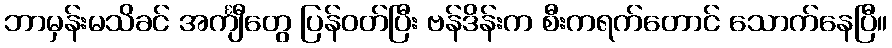
ဘာမှန်းမသိခင် အင်္ကျီတွေ ပြန်ဝတ်ပြီး ဗန်ဒိန်းက စီးကရက်တောင် သောက်နေပြီ။